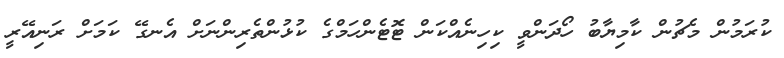
ކުރަމުން މެޗުން ކާމިޔާބު ހޯދަންވީ ކިހިނެއްކަން ޓޮޓެންހަމްގެ ކުޅުންތެރިންނަށް އެނގޭ ކަމަށް ރަނިއޭރީ